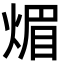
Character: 煝